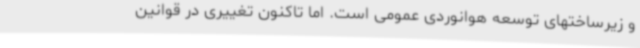
و زیرساختهای توسعه هوانوردی عمومی است. اما تاکنون تغییری در قوانین